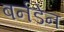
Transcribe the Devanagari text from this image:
बर्नडेन